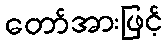
တော်အားဖြင့်